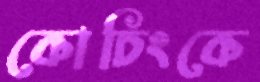
কোচিংকে